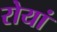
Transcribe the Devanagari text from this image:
रोयां